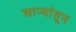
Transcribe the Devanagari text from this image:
सार्‍यांतून